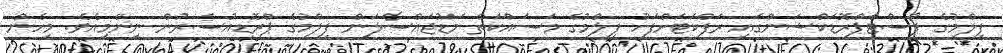
ފިލްމުގެ ޕޯސްޓްޕްރޮޑަކްޝަންގައި ރަފްކަޓަށްފަހު ފިލްމުގެ މަސައްކަތް މަޑުޖައްސާލަން ފިލްމުގެ ޕްރޮޑިއުސަރުން ނިންމިއެވެ. މިހެން